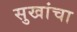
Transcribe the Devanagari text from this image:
सुखांचा